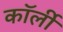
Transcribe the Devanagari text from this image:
कॉर्ली